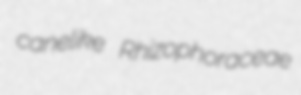
canelike Rhizophoraceae